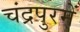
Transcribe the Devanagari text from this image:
चंद्रपुरमें